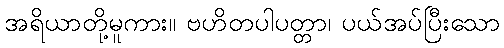
အရိယာတို့မူကား။ ဗဟိတပါပတ္တာ၊ ပယ်အပ်ပြီးသော